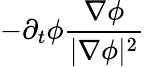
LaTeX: -\partial_{t}\phi\frac{\mathbf{\nabla}\phi}{|\mathbf{\nabla}\phi|^{2}}